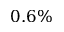
0 . 6 \%